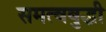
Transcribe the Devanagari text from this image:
समत्वबुद्धी